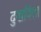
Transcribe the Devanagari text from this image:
दुखविला